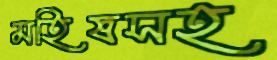
মহিষসহ